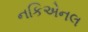
નકિએનલ